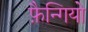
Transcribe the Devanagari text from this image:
फ़ैन्गियो